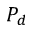
P _ { d }